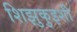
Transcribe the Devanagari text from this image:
शिझुकुइशी